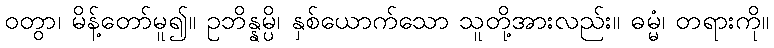
ဝတွာ၊ မိန့်တော်မူ၍။ ဥဘိန္နမ္ပိ၊ နှစ်ယောက်သော သူတို့အားလည်း။ ဓမ္မံ၊ တရားကို။